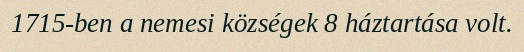
1715-ben a nemesi községek 8 háztartása volt.